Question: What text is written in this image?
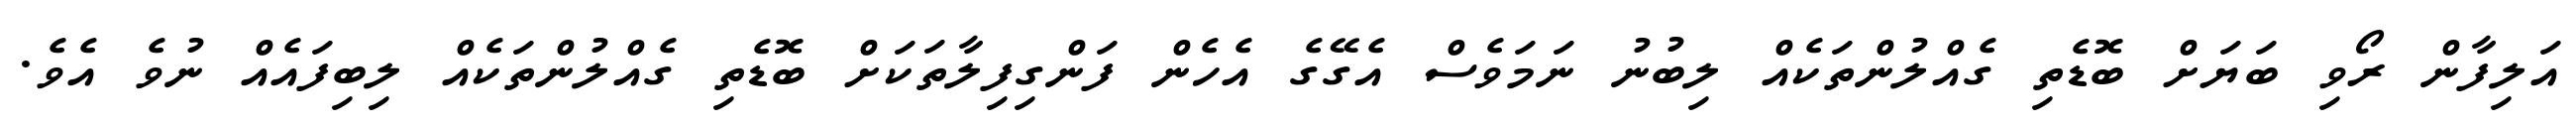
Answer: އަލިފާން ރޯވި ބަޔަށް ބޮޑެތި ގެއްލުންތަކެއް ލިބުނު ނަމަވެސް އެގޭގެ އެހެން ފަންގިފިލާތަކަށް ބޮޑެތި ގެއްލުންތަކެއް ލިބިފައެއް ނުވެ އެވެ.